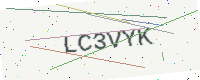
Text: LC3VYK